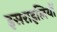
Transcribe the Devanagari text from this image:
इसराइलियों